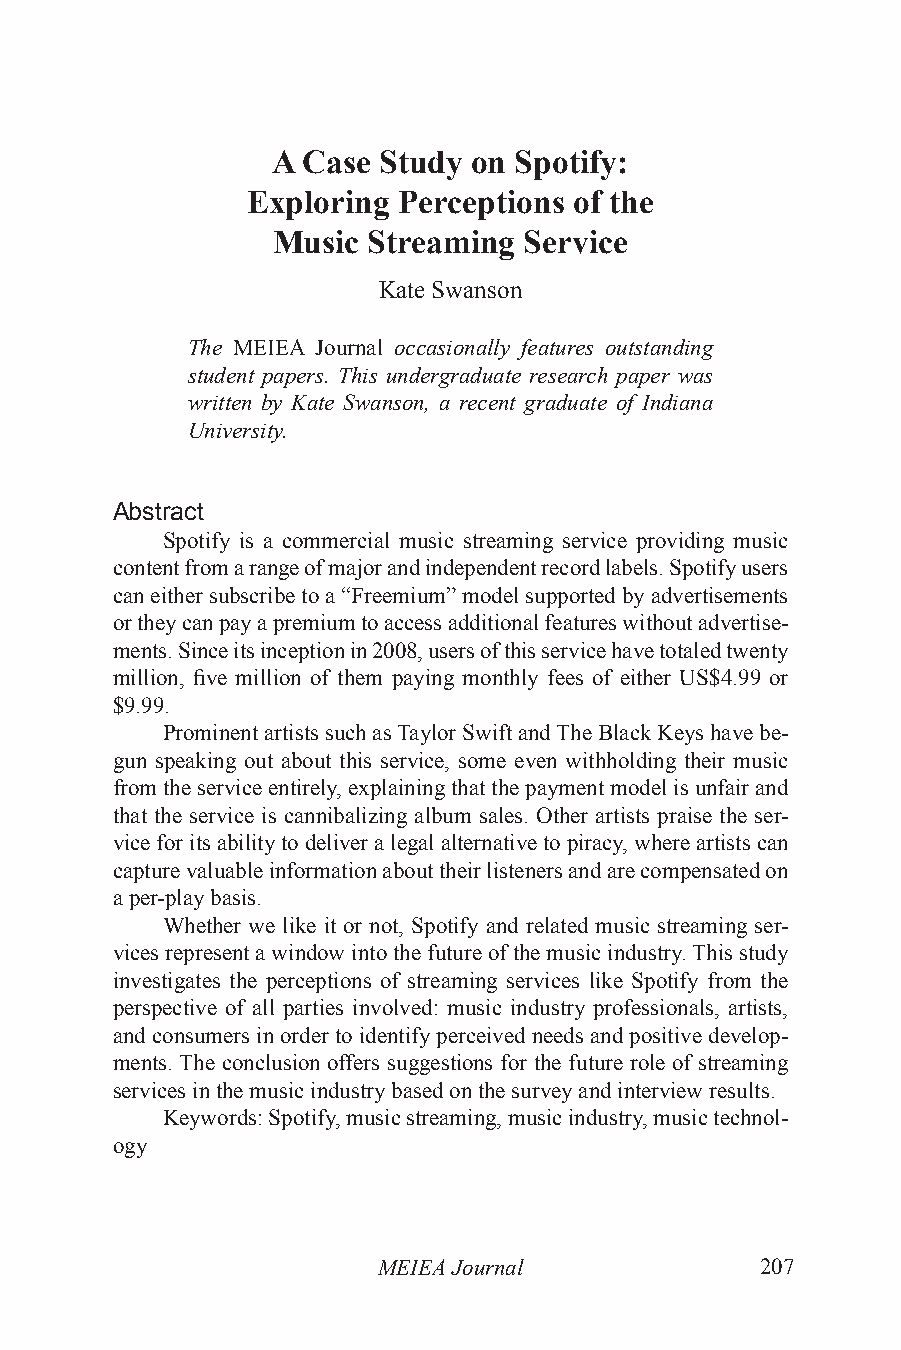
A Case Study on Spotify:
 Exploring Perceptions of the
 Music Streaming  Service
 Kate Swanson
 The MEIEA Journal occasionally features outstanding
 student papers. This undergraduate research paper was
 written by Kate Swanson, a recent graduate of Indiana
 University.
 Abstract
 Spotify is a commercial music streaming service providing music
 content from a range of major and independent record labels. Spotify users
 can either subscribe to a “Freemium” model supported by advertisements
 or they can pay a premium to access additional features without advertise-
 ments. Since its inception in 2008, users of this service have totaled twenty
 million, five million of them paying monthly fees of either US$4.99 or
 $9.99.
 Prominent artists such as Taylor Swift and The Black Keys have be-
 gun speaking out about this service, some even withholding their music
 from the service entirely, explaining that the payment model is unfair and
 that the service is cannibalizing album sales. Other artists praise the ser-
 vice for its ability to deliver a legal alternative to piracy, where artists can
 capture valuable information about their listeners and are compensated on
 a per-play basis.
 Whether we like it or not, Spotify and related music streaming ser-
 vices represent a window into the future of the music industry. This study
 investigates the perceptions of streaming services like Spotify from the
 perspective of all parties involved: music industry professionals, artists,
 and consumers in order to identify perceived needs and positive develop-
 ments. The conclusion offers suggestions for the future role of streaming
 services in the music industry based on the survey and interview results.
 Keywords: Spotify, music streaming, music industry, music technol-
 ogy
 MEIEA Journal            207